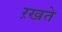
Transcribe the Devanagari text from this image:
ऱखते